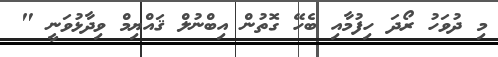
މި ދުވަހު ރޯދަ ހިފުމާއި ބެހޭ ގޮތުން އިބްނުލް ޤައްޔިމް ވިދާޅުވަނީ "